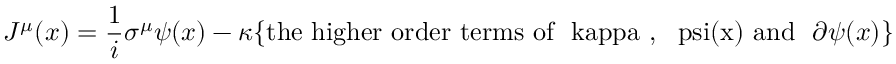
J ^ { \mu } ( x ) = { \frac { 1 } { i } } \sigma ^ { \mu } \psi ( x ) - \kappa \{ \mathrm { t h e ~ h i g h e r ~ o r d e r ~ t e r m s ~ o f ~ \ k a p p a ~ , ~ \ p s i ( x ) ~ a n d ~ } \ \partial \psi ( x ) \}